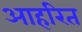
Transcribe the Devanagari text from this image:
आहरित